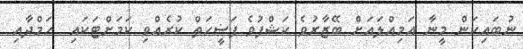
ނުބައިކަން މީނާ އަމިއްލައަށް ބޭޒާރުވެ ކަޝްފުވެ ފަޟީހަތް ކުރެއްވި ކަމަށްޓަކައި  ހަމްދާއި